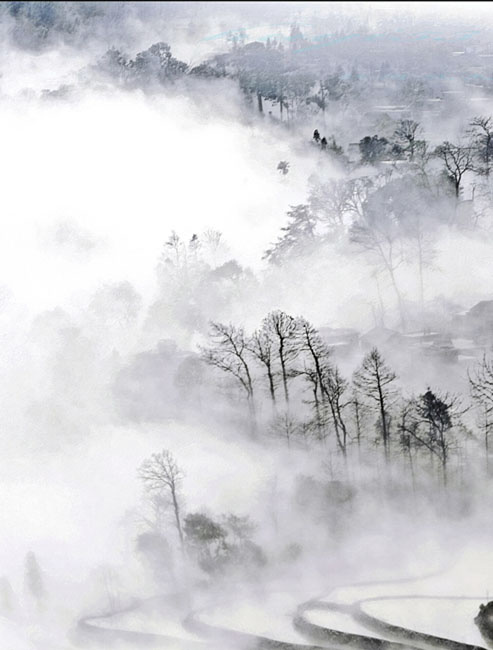
碧水浩浩云茫茫，美人不来空断肠。